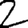
Digit: 2